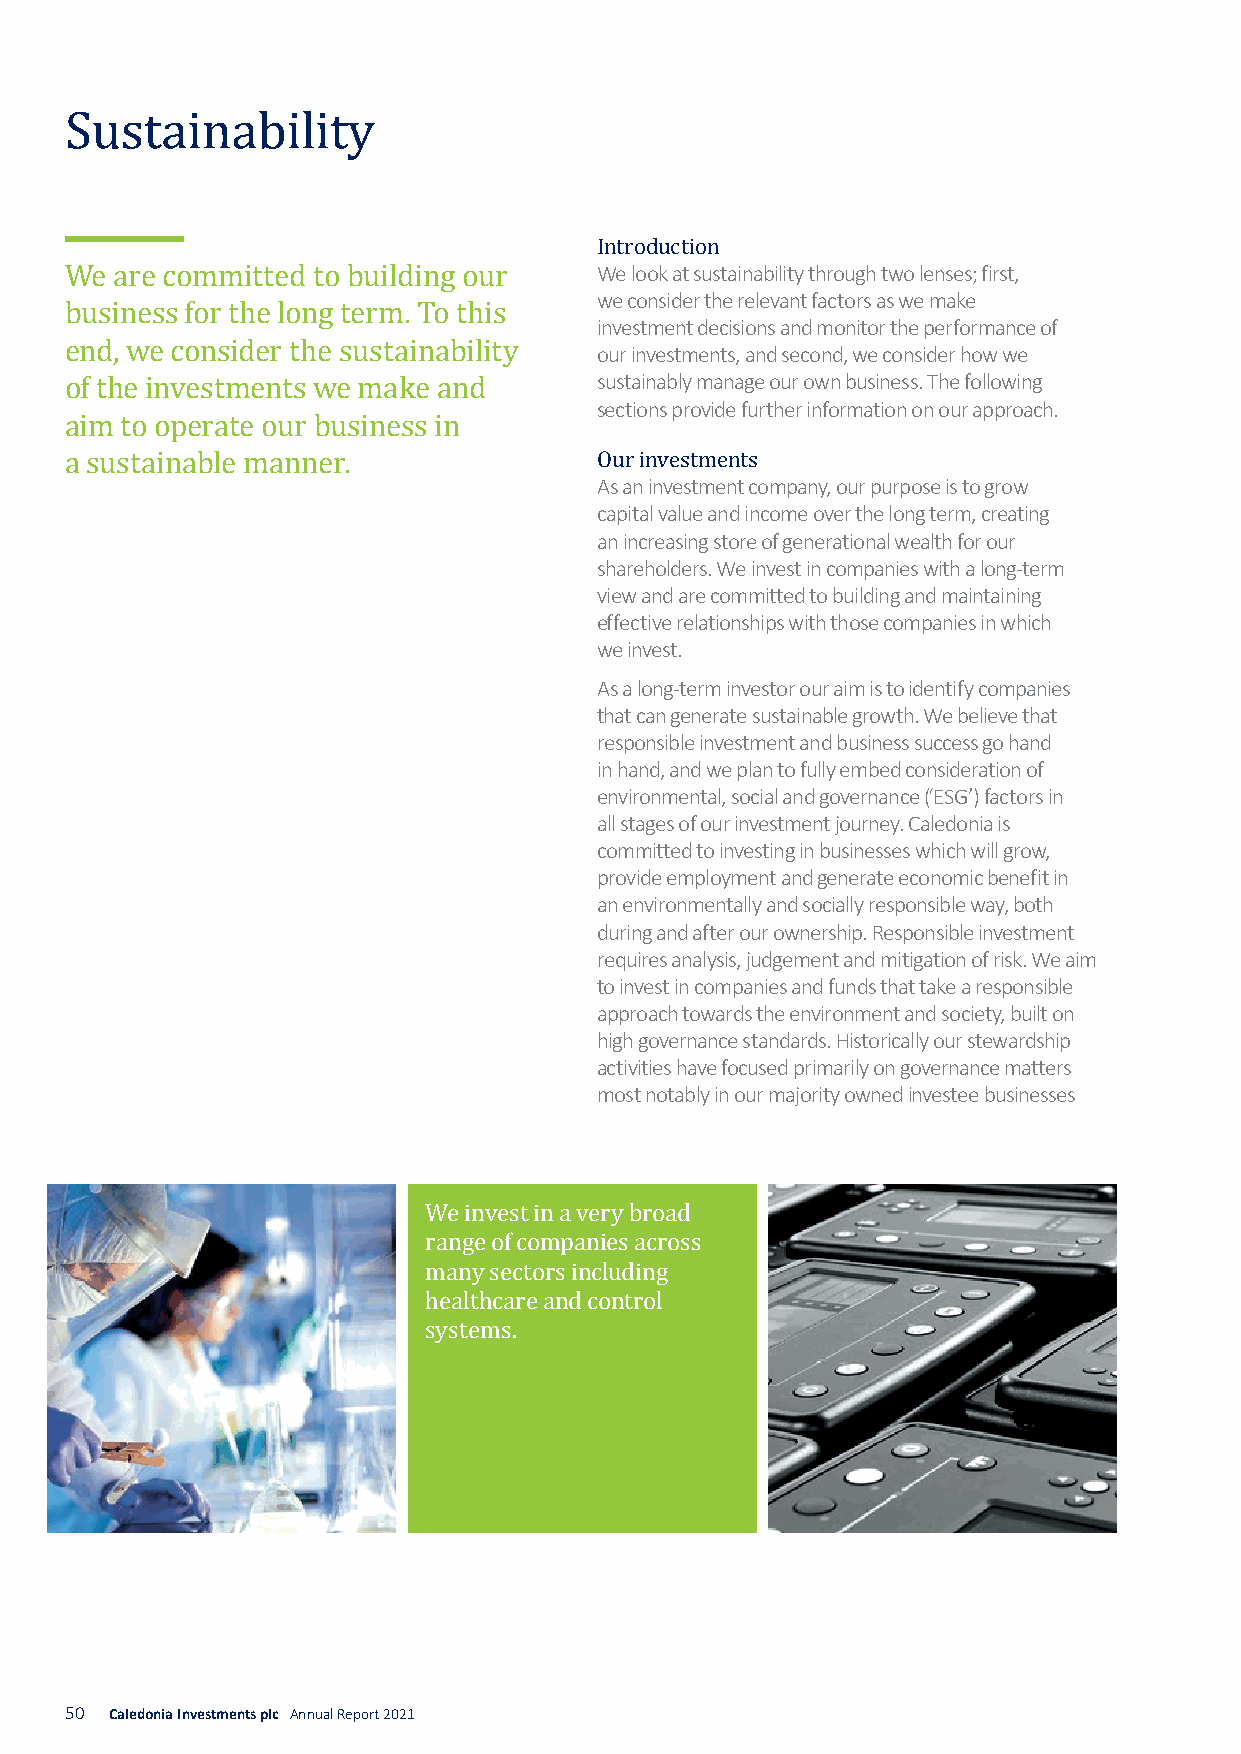
Sustainability
 We look at sustainability through two lenses; first,
 Iwnet rcoodnsuidcteiro tnh e relevant factors as we make
 investment decisions and monitor the performance of
 We  are committed to building our
 our investments, and second, we consider how we
 business for the long term. To this sustainably manage our own business. The following
 sections provide further information on our approach.
 end, we consider the sustainability
 of the investments we make and
 aim to operate our business in     As an investment company, our purpose is to grow
 Ocauprit ainl vvaelsutem aennd tisncome over the long term, creating
 a sustainable manner.
 an increasing store of generational wealth for our
 shareholders. We invest in companies with a long-term
 view and are committed to building and maintaining
 effective relationships with those companies in which
 we invest.
 As a long-term investor our aim is to identify companies
 that can generate sustainable growth. We believe that
 responsible investment and business success go hand
 in hand, and we plan to fully embed consideration of
 environmental, social and governance (‘ESG’) factors in
 all stages of our investment journey. Caledonia i s
 committed to investing in businesses which will grow,
 provide employment and generate economic benefit in
 an environmentally and socially responsible way, both
 during and after our ownership. Responsible investment
 requires analysis, judgement and mitigation of risk. We aim
 to invest in companies and funds that take a responsible
 approach towards the environment and society, built on
 high governance standards. Historically our stewardship
 activities have focused primarily on governance matters
 most notably in our majority owned investee businesses
 We invest in a very broad
 range of companies across
 many sectors including
 healthcare and control
 systems.
 50 Caledonia Investments plc Annual Report 2021